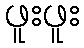
ဖူးဖူး